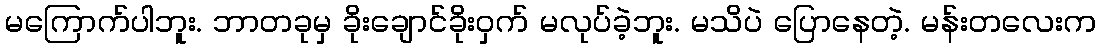
မကြောက်ပါဘူး. ဘာတခုမှ ခိုးချောင်ခိုးဝှက် မလုပ်ခဲ့ဘူး. မသိပဲ ပြောနေတဲ့. မန်းတလေးက